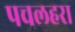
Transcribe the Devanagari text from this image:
पचलहरा